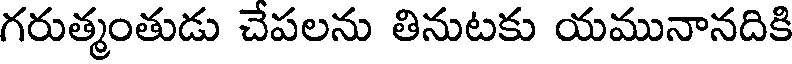
గరుత్మంతుడు చేపలను తినుటకు యమునానదికి